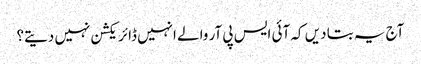
آج یہ بتا دیں کہ آئی ایس پی آر والے انہیں ڈائریکشن نہیں دیتے؟